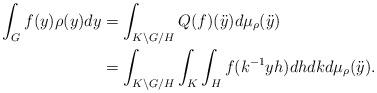
LaTeX: \begin{align*}\int_{G} f(y)\rho(y) dy&= \int_{K\backslash G/H} Q(f)(\ddot{y}) d\mu_{\rho}(\ddot{y})\\&= \int_{K\backslash G/H} \int_{K} \int_{H}f(k^{-1}yh)dhdkd \mu_\rho(\ddot{y}).\end{align*}